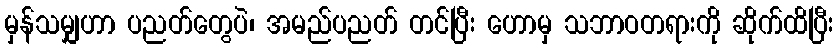
မှန်သမျှဟာ ပညတ်တွေပဲ၊ အမည်ပညတ် တင်ပြီး ဟောမှ သဘာဝတရားကို ဆိုက်ထိပြီး